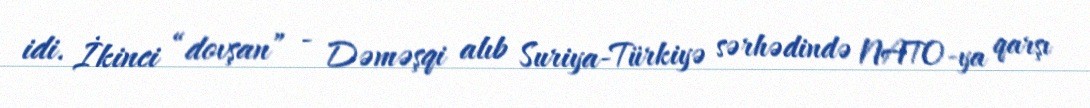
idi. İkinci “dovşan” - Dəməşqi alıb Suriya-Türkiyə sərhədində NATO-ya qarşı